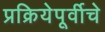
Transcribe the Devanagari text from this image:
प्रक्रियेपूर्वीचे